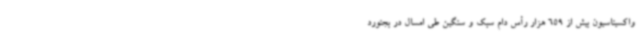
واکسیناسیون بیش از 659 هزار رأس دام سبک و سنگین طی امسال در بجنورد